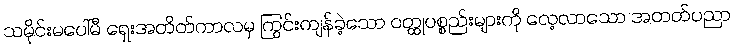
သမိုင်းမပေါ်မီ ရှေးအတိတ်ကာလမှ ကြွင်းကျန်ခဲ့သော ဝတ္ထုပစ္စည်းများကို လေ့လာသော အတတ်ပညာ